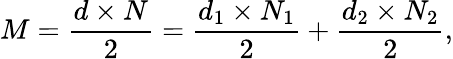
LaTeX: M=\frac{d\times N}{2}=\frac{d_{1}\times N_{1}}{2}+\frac{d_{2}\times N_{2}}{2},